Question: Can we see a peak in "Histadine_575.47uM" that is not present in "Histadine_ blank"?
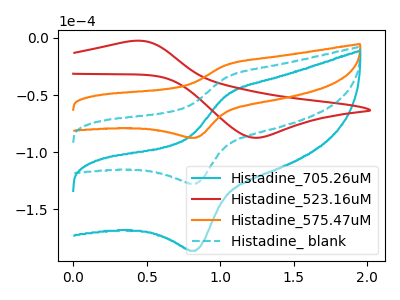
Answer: <think>The cyan curve "Histadine_705.26uM" has an anodic peak at (1.05V, -68.70uA) and a cathodic peak at (0.85V, -255.30uA). The red curve "Histadine_523.16uM" has an anodic peak at (0.40V, -2.55uA) and a cathodic peak at (1.25V, -87.40uA). The orange curve "Histadine_575.47uM" has an anodic peak at (1.05V, -23.55uA) and a cathodic peak at (0.85V, -87.45uA). The cyan dashed curve "Histadine_ blank" has an anodic peak at (1.05V, -34.35uA) and a cathodic peak at (0.85V, -127.65uA).
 All the peaks in "Histadine_575.47uM" have a peak in "Histadine_ blank" at the same potential.</think>
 <answer>No, "Histadine_575.47uM" and "Histadine_ blank" don't appear to be significantly different in shape</answer>
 <eval>no_change</eval>